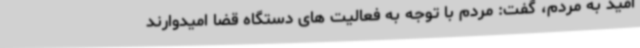
امید به مردم، گفت: مردم با توجه به فعالیت های دستگاه قضا امیدوارند